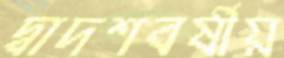
দ্বাদশবর্ষীয়